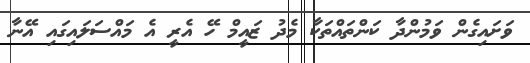
ވަށައިގެން ވަމުންދާ ކަންތައްތަކާ މެދު ޒައީމް ހޭ އެރީ އެ މައްސަލައިގައި އޭނާ